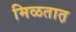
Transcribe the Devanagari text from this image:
मिळतात़